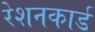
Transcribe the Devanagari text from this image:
रेशनकार्ड